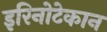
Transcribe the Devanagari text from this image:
इरिनोटेकान